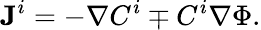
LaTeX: \mathbf{J}^{i}=-\nabla C^{i}\mp C^{i}\nabla\Phi.